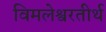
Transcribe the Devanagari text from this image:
विमलेश्वरतीर्थ